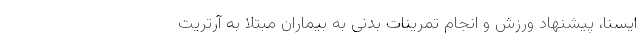
ایسنا، پیشنهاد ورزش و انجام تمرینات بدنی به بیماران مبتلا به آرتریت